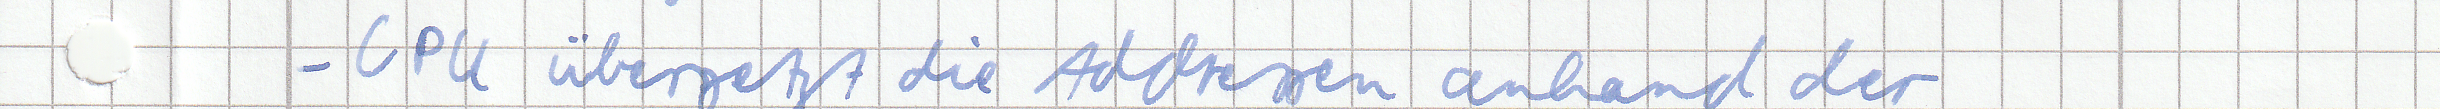
- CPU übersetzt die Addressen anhand der